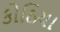
કોઠિયા